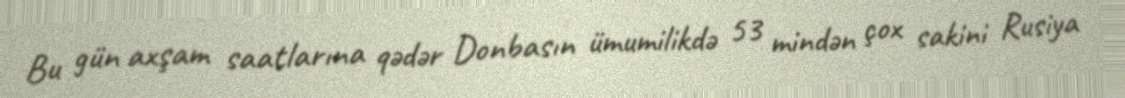
Bu gün axşam saatlarına qədər Donbasın ümumilikdə 53 mindən çox sakini Rusiya